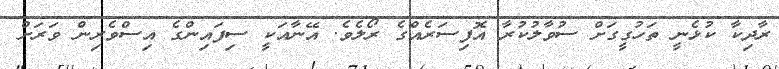
ރާދިކާ ކުޅެނީ ތަހުގީގަށް ސުވާލުކުރާ އޮފިސަރެއްގެ ރޯލެވެ. އޭނާއަކީ ސިފައިންގެ އިސްވެރިން ވަރަށް